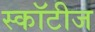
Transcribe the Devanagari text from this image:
स्कॉटीज